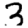
Digit: 3